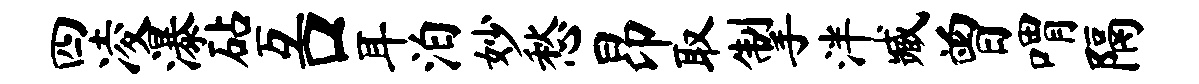
四凌瀑砧互口耳泊妙愁昂取掣泮臧曾喟隔